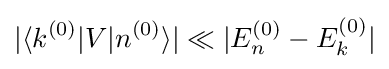
|\langle k^{(0)}|V|n^{(0)}\rangle |\ll |E_{n}^{(0)}-E_{k}^{(0)}|